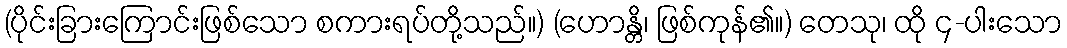
(ပိုင်းခြားကြောင်းဖြစ်သော စကားရပ်တို့သည်။) (ဟောန္တိ၊ ဖြစ်ကုန်၏။) တေသု၊ ထို ၄-ပါးသော